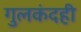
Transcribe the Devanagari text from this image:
गुलकंदही